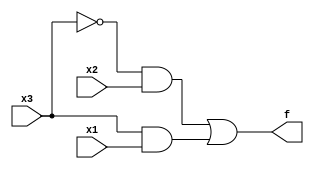
// https://hdlbits.01xz.net/wiki/Truthtable1

module top_module(
    input x3,
    input x2,
    input x1,  // three inputs
    output f   // one output
);

    assign f = ~x3 & x2 | x3 & x1;

endmodule